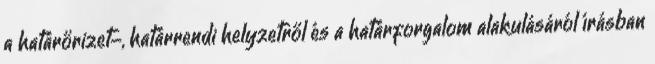
a határőrizet-, határrendi helyzetről és a határforgalom alakulásáról írásban